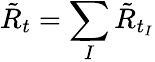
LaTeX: \tilde{R}_{t}=\sum_{I}\tilde{R}_{t_{I}}